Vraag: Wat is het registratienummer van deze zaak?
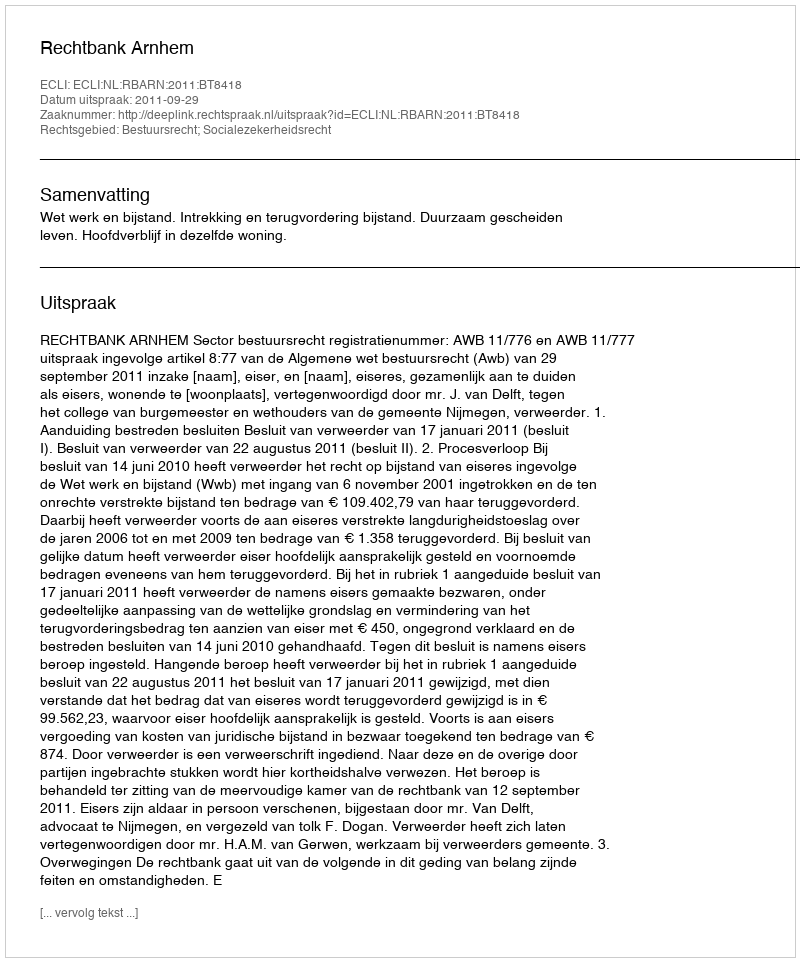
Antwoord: http://deeplink.rechtspraak.nl/uitspraak?id=ECLI:NL:RBARN:2011:BT8418